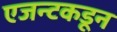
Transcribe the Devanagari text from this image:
एजन्टकडून